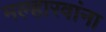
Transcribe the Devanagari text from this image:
मल्हारवांना